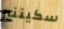
سكيننير